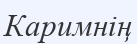
Каримнің